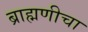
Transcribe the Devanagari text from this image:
ब्राह्मणीचा